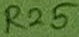
Text: R25